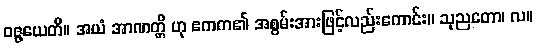
ဝဇ္ဇယေတိ။ အယံ အာဏတ္တိ ဟု ဧကက၏ အစွမ်းအားဖြင့်လည်းကောင်း။ သုညတော၊ လ။